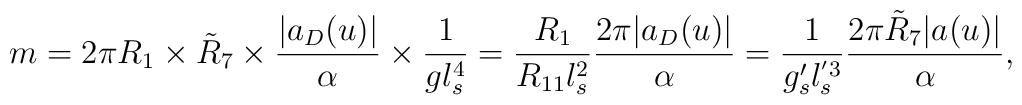
m=2\pi R_{1}\times \tilde{R}_{7}\times {|a_{D}(u)| \over \alpha}\times{1\over gl_{s}^{4}}= {R_1 \over R_{11} l_s^{2}}{2 \pi |a_{D}(u)|\over \alpha}= {1 \over g'_s l_s^{'3}}{2 \pi \tilde{R}_7 |a(u)|\over \alpha},